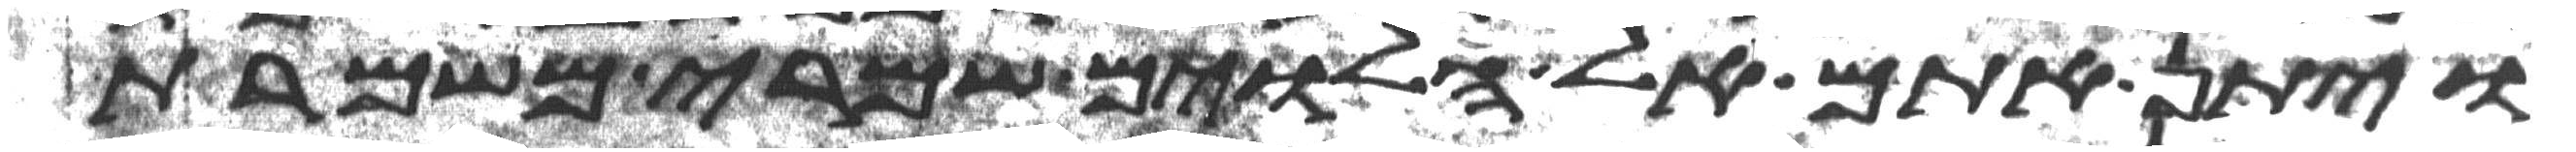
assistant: ויתן אתם אל הלוים שמרי משמרת